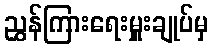
ညွှန်ကြားရေးမှူးချုပ်မှ